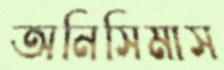
অনিসিমাস